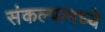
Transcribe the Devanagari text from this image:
संकल्पामध्ये